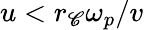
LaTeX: u<r_{\mathscr{C}}\omega_{p}/v